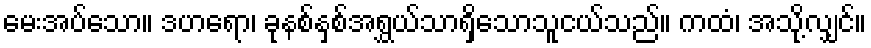
မေးအပ်သော။ ဒဟရော၊ ခုနစ်နှစ်အရွှယ်သာရှိသောသူငယ်သည်။ ကထံ၊ အသို့လျှင်။